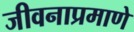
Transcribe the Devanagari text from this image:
जीवनाप्रमाणे